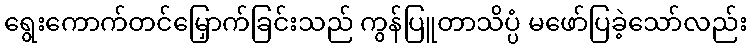
ရွေးကောက်တင်မြှောက်ခြင်းသည် ကွန်ပြူတာသိပ္ပံ မဖော်ပြခဲ့သော်လည်း